Trukikaitis_Postimees, lk 55
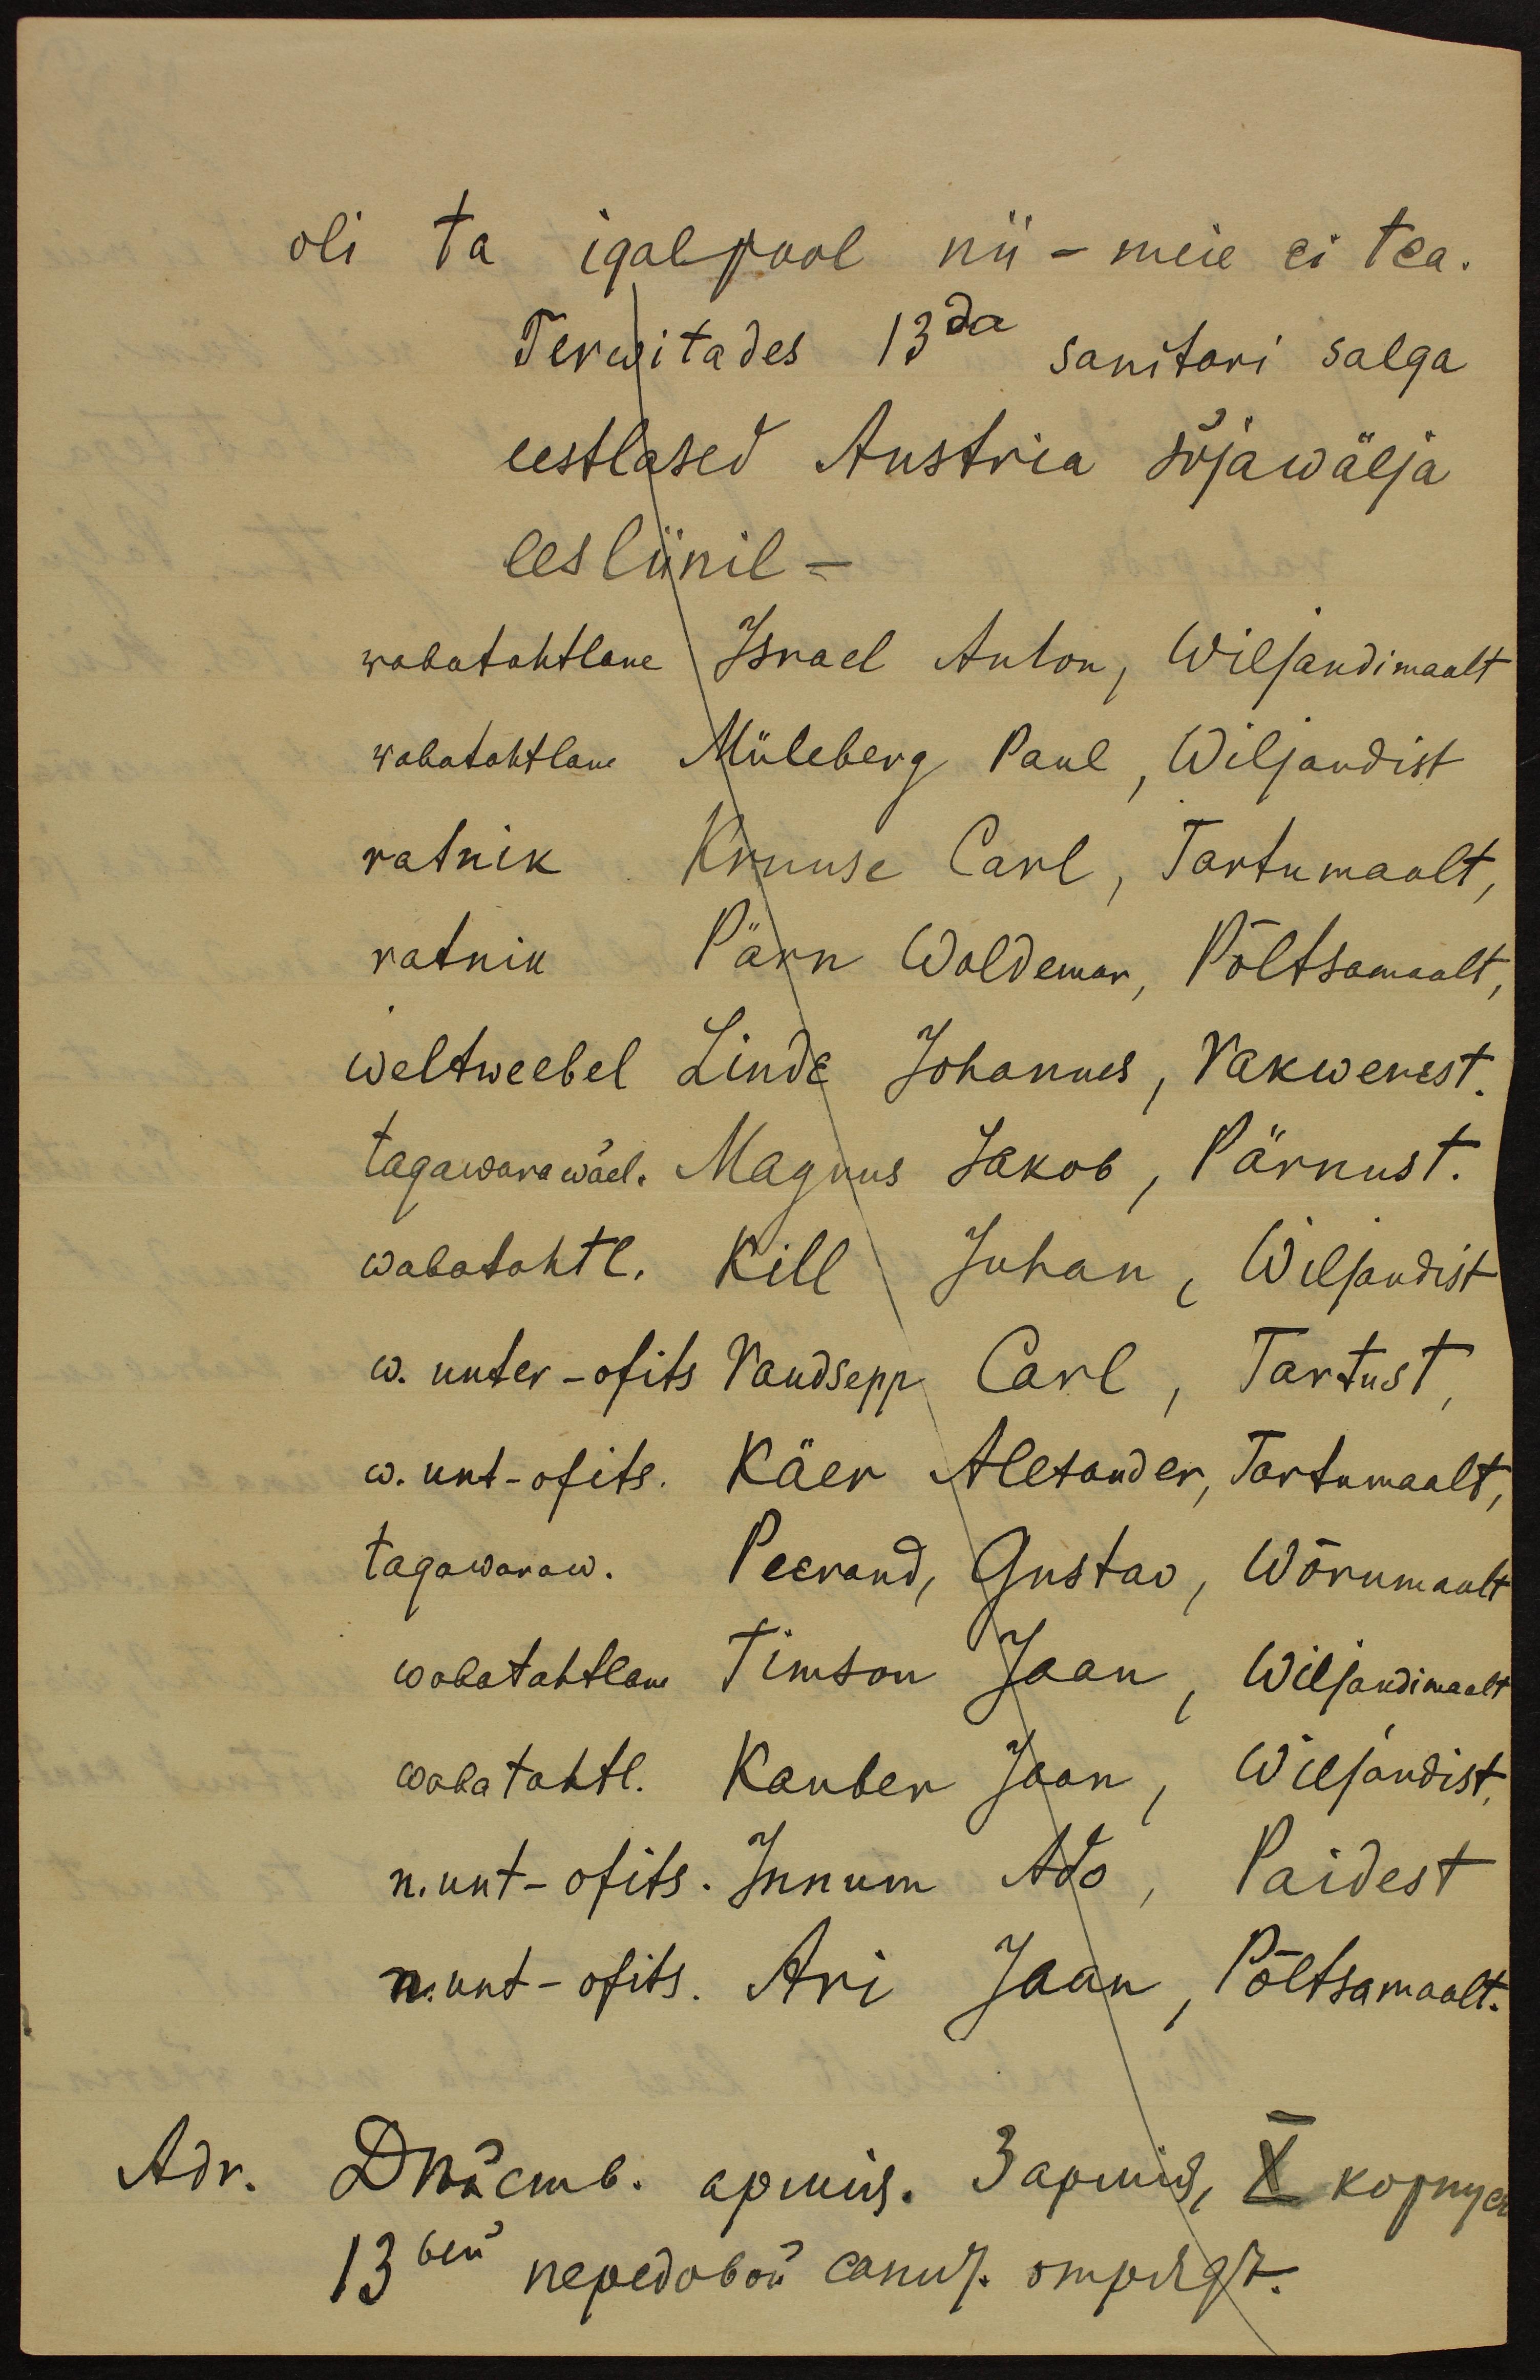
oli ta igalpool nii - meie ei tea.
Terwitades 13da sanitari salga
eestlased Austria sõjawälja
eesliinil -
wabatahtlane Israel Anton, Wiljandimaalt
wabatahtlane Müleberg Paul, Wiljandist
ratnik Kruuse Carl, Tartumaalt,
ratnik Pärn Woldemar, Põltsamaalt,
weltweebel Linde Johannes, Rakwerest.
tagawarawäel. Magnus Jakob, Pärnust.
wabatahtl. Kill Juhan, Wiljandist
w. unter-ofits Raudsepp Carl, Tartust,
w. unt-ofits. Käer Alexander, Tartumaalt,
tagawaraw. Peerand, Gustav, Wõrumaalt
wabatahtlane Timson Jaan, Wiljandimaalt
wabatahtl. Kauber Jaan, Wiljandist,
n. unt-ofits. Innum Ado, Paidest
n.unt-ofits. Ari Jaan, Põltsamaalt.